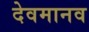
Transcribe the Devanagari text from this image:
देवमानव